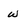
Character: w